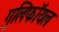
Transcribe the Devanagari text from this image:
गुलिफॉयल